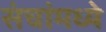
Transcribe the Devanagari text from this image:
संचांमध्ये